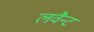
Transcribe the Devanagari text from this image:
लवैन्ट